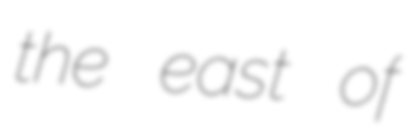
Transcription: the east of